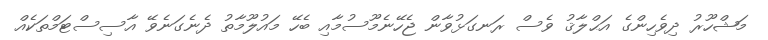
މަޝްހޫރު ދިވެހިންގެ އަޙްލާޤު ވެސް ރަނގަޅުވާން ޖެހޭނެމޫސުމާއި ބެހޭ މައުލޫމާތު ދެނެގަނެވޭ އާސިސްޓަމްތަކެއް